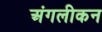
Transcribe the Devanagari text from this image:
अंगलीकन